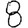
Digit: 8